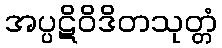
အပ္ပဋိဝိဒိတသုတ္တံ